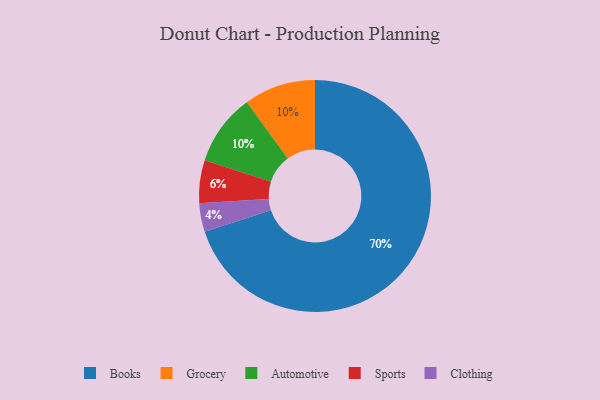
{"axis": {"x": "Category", "y": "Percentage"}, "legend": ["Automotive", "Books", "Clothing", "Grocery", "Sports"], "data": [{"x": "Sports", "y": 6, "type": "Sports"}, {"x": "Grocery", "y": 10, "type": "Grocery"}, {"x": "Automotive", "y": 10, "type": "Automotive"}, {"x": "Clothing", "y": 4, "type": "Clothing"}, {"x": "Books", "y": 70, "type": "Books"}]}